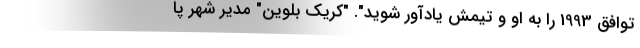
توافق 1993 را به او و تیمش یادآور شوید". "کریک بلوین" مدیر شهر پا